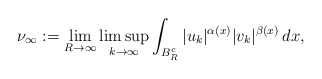
\begin{align*}\nu_{\infty}:= \displaystyle{\lim_{R \to \infty}\limsup_{k \to \infty}\int_{B^{c}_{R}}|u_k|^{\alpha(x)}|v_k|^{\beta(x)}\,dx},\end{align*}